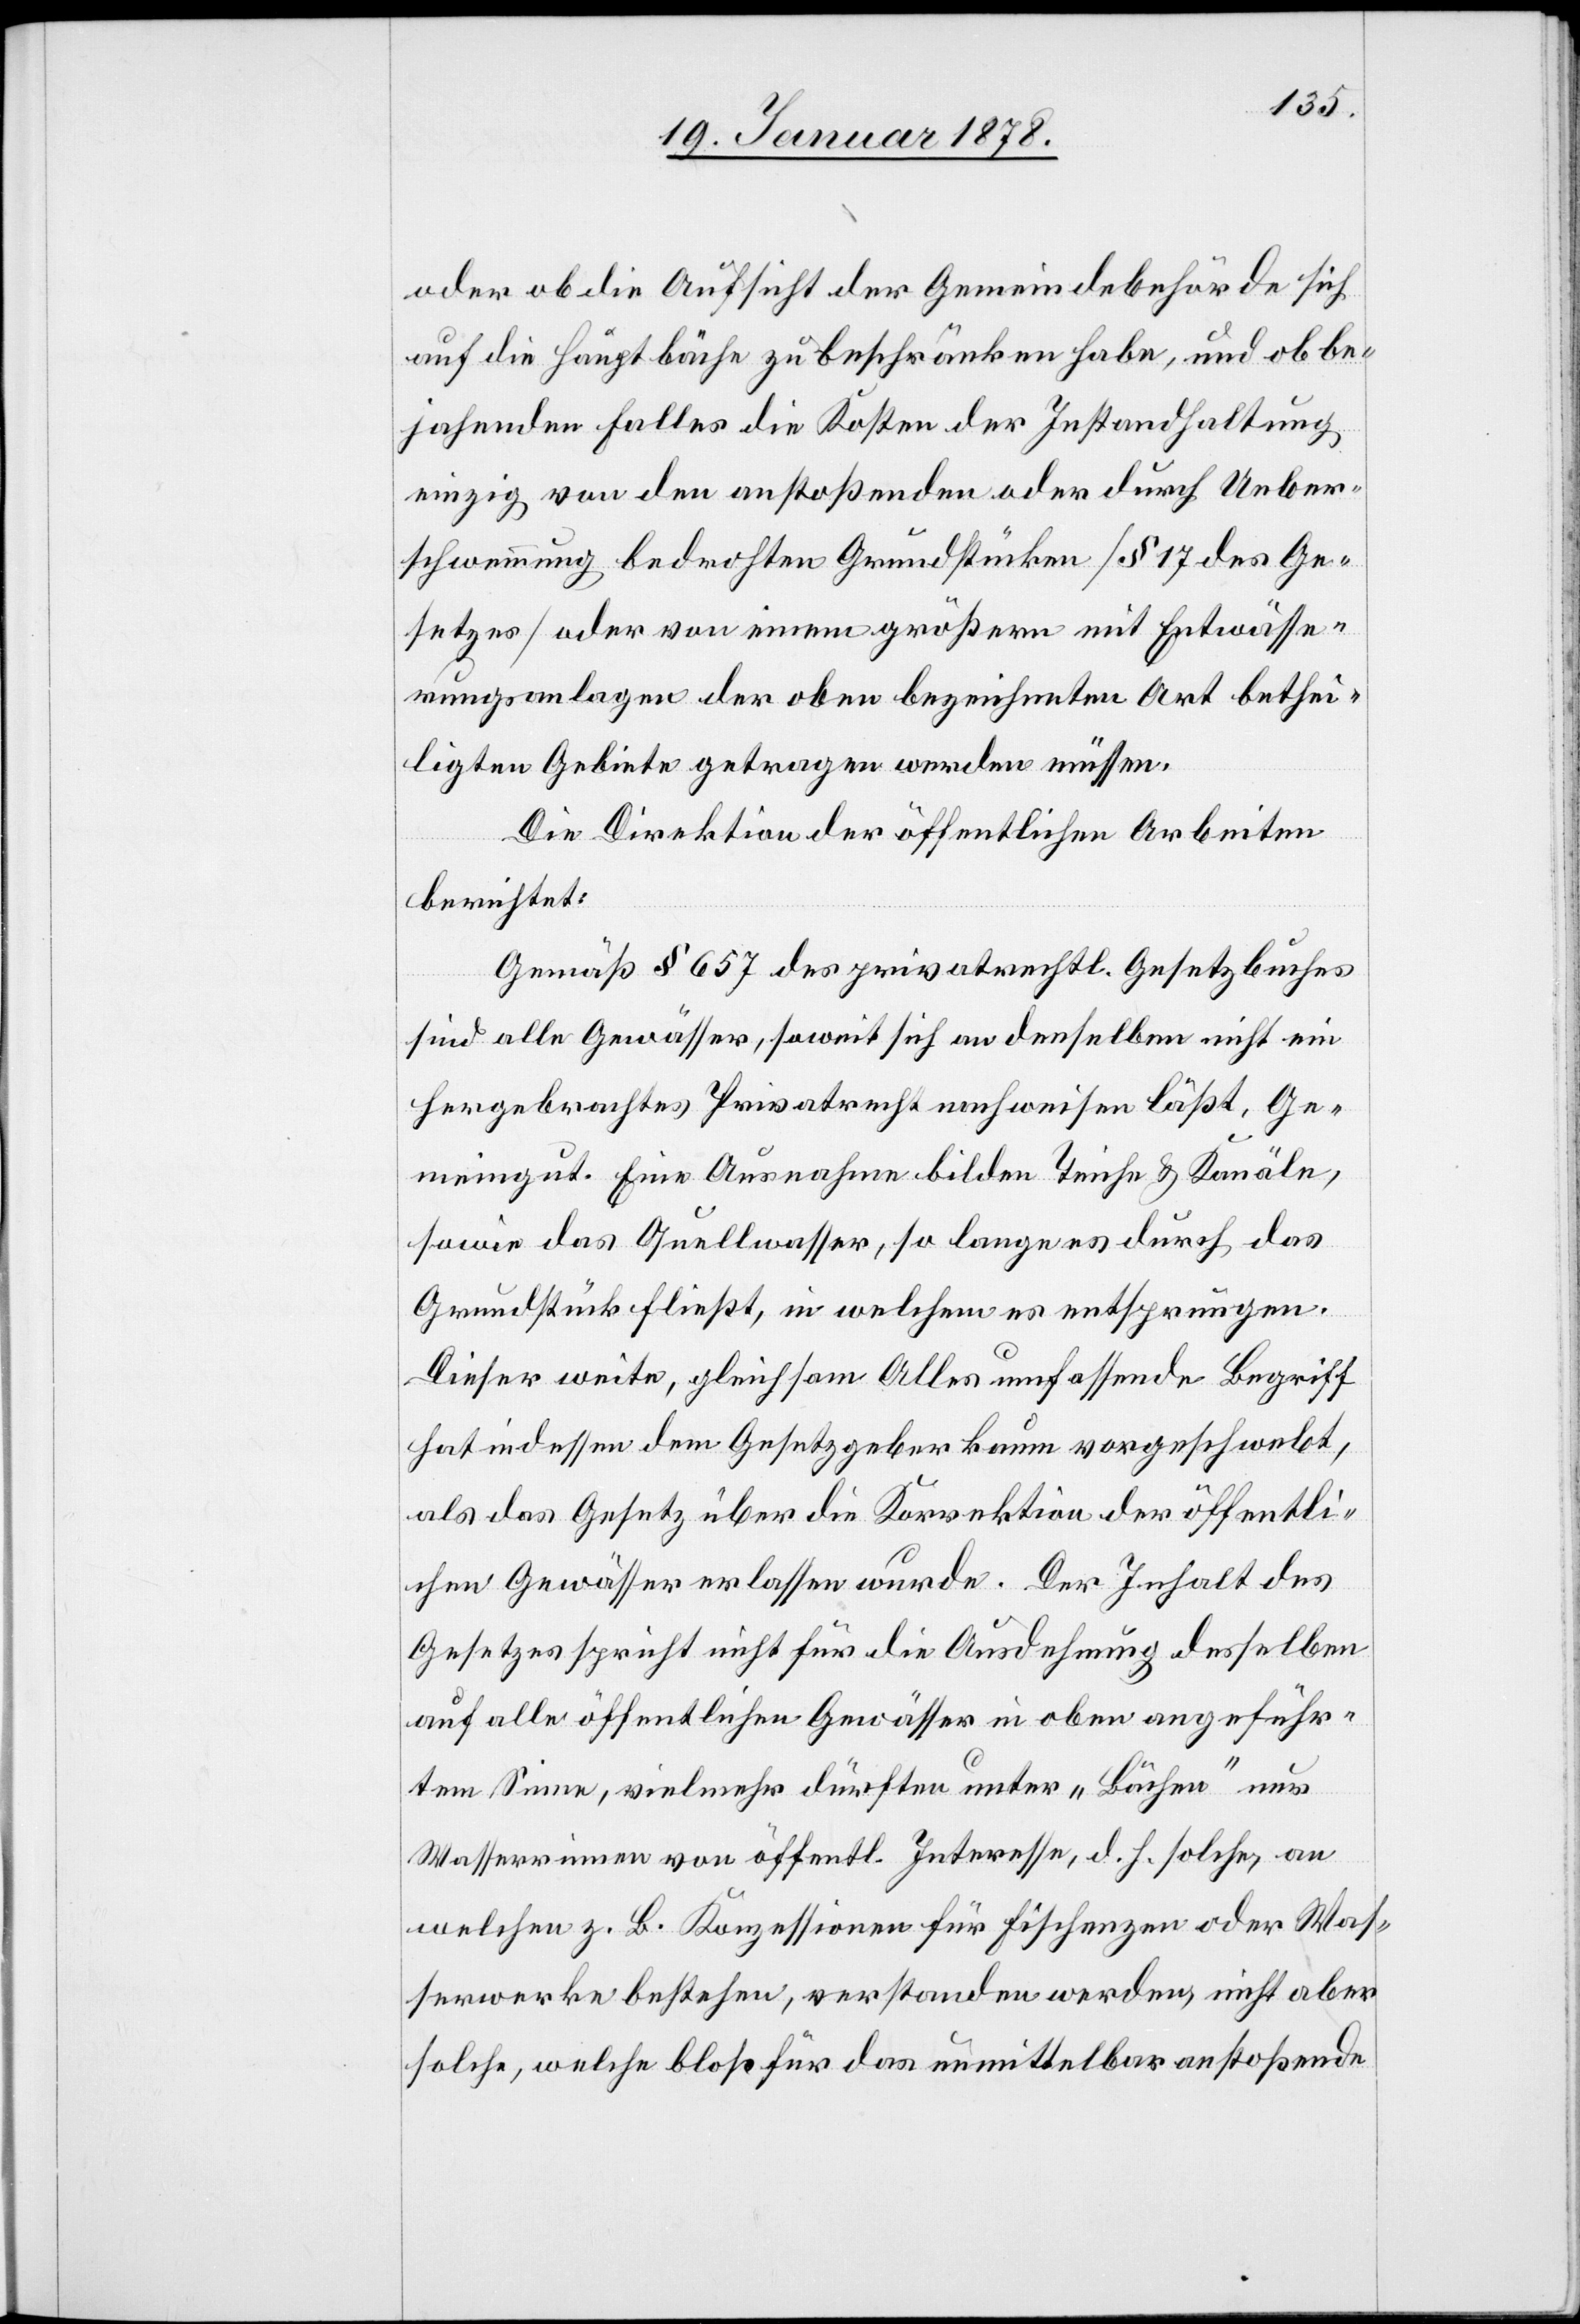
oder ob die Aufsicht der Gemeindebehörde sich
auf die Hauptbäche zu beschränken habe, und ob be¬
jahenden Falles die Kosten der Instandhaltung
einzig von den anstoßenden oder durch Ueber¬
schwemmung bedrohten Grundstücke (§ 17 des Ge¬
setzes) oder von einem größern mit Entwässe¬
rungsanlagen der oben bezeichneten Art bethei¬
ligten Gebiete getragen werden müssen.
Die Direktion der öffentlichen Arbeiten
berichtet:
Gemäß § 657 des privatrechtl. Gesetzbuches
sind alle Gewässer, soweit sich an denselben nicht ein
hergebrachtes Privatrecht nachweisen läßt, Ge¬
meingut. Eine Ausnahme bilden Teiche & Kanäle,
sowie das Quellwasser, so lange es durch das
Grundstück fließt, in welchem es entsprungen.
Dieser weite, gleichsam Alles umfassende Begriff
hat indessen dem Gesetzgeber kaum vorgeschwebt,
als das Gesetz über die Korrektion der öffentli¬
chen Gewässer erlassen wurde. Der Inhalt des
Gesetzes spricht nicht für die Ausdehnung desselben
auf alle öffentlichen Gewässer in oben angeführ¬
tem Sinne, vielmehr dürften unter „Bächen“ nur
Wasserrinnen von öffentl. Interesse, d. h. solche, an
welchen z. B. Konzessionen für Fischenzen oder Was¬
serwerke bestehen, verstanden werden, nicht aber
solche, welche bloß für das unmittelbar anstoßende